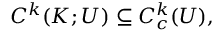
C ^ { k } ( K ; U ) \subseteq C _ { c } ^ { k } ( U ) ,